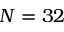
N = 3 2